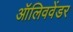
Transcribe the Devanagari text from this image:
ऑलिववेंडर